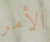
الأمر